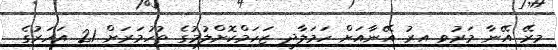
މިރޭ އޭނާ މަރުވި އިރު އޭނާއަށް ހަމަލާދީ ޒަހަމްކޮށްލުމުގެ ތުހުމަރަށް 21 އަހަރުގެ